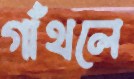
গাঁথলে